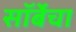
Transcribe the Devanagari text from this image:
सॉर्बेचा